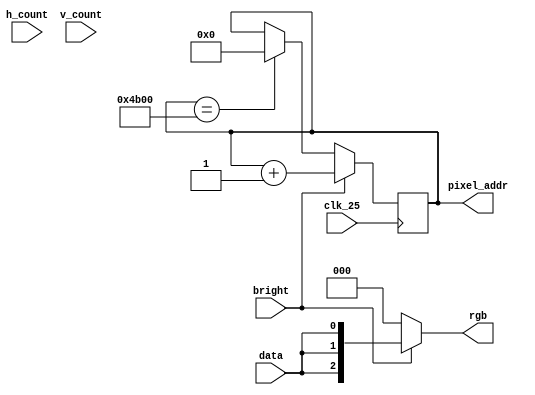
/* -----------------------------------------
  VGA image generator
----------------------------------------- */
module vga_display
(
  input             clk_25,
  input [9:0]       h_count,
  input [9:0]       v_count,
  input             data,
  input             bright,

  output [2:0]      rgb,
  output reg [14:0] pixel_addr
);

  initial begin
    pixel_addr <= 0;
  end

  /* -----------------------------------------
    Paramters
  ----------------------------------------- */
  parameter BLACK   = 3'b000;
  parameter WHITE   = 3'b111; // 11
  parameter L_BLUE  = 3'b011; // 10
  parameter PURPLE  = 3'b101; // 01
  parameter BLUE    = 3'b001; // 00

  /* -----------------------------------------
    Behavioural
  ----------------------------------------- */
  // Read pixel from framebuffer at address
  always @ (posedge clk_25) begin

    if (pixel_addr == 19200) begin
      pixel_addr <= 0;
    end

    if (bright) begin
      pixel_addr <= pixel_addr + 1;
    end
  end

  assign rgb = ~bright ? BLACK : {data, data, data};

endmodule